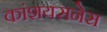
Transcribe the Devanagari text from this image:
कांशयसनेस